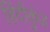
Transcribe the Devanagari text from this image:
हिंदीकुंज